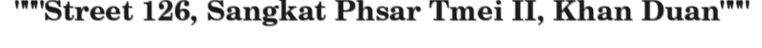
"""Street 126, Sangkat Phsar Tmei II, Khan Duan"""